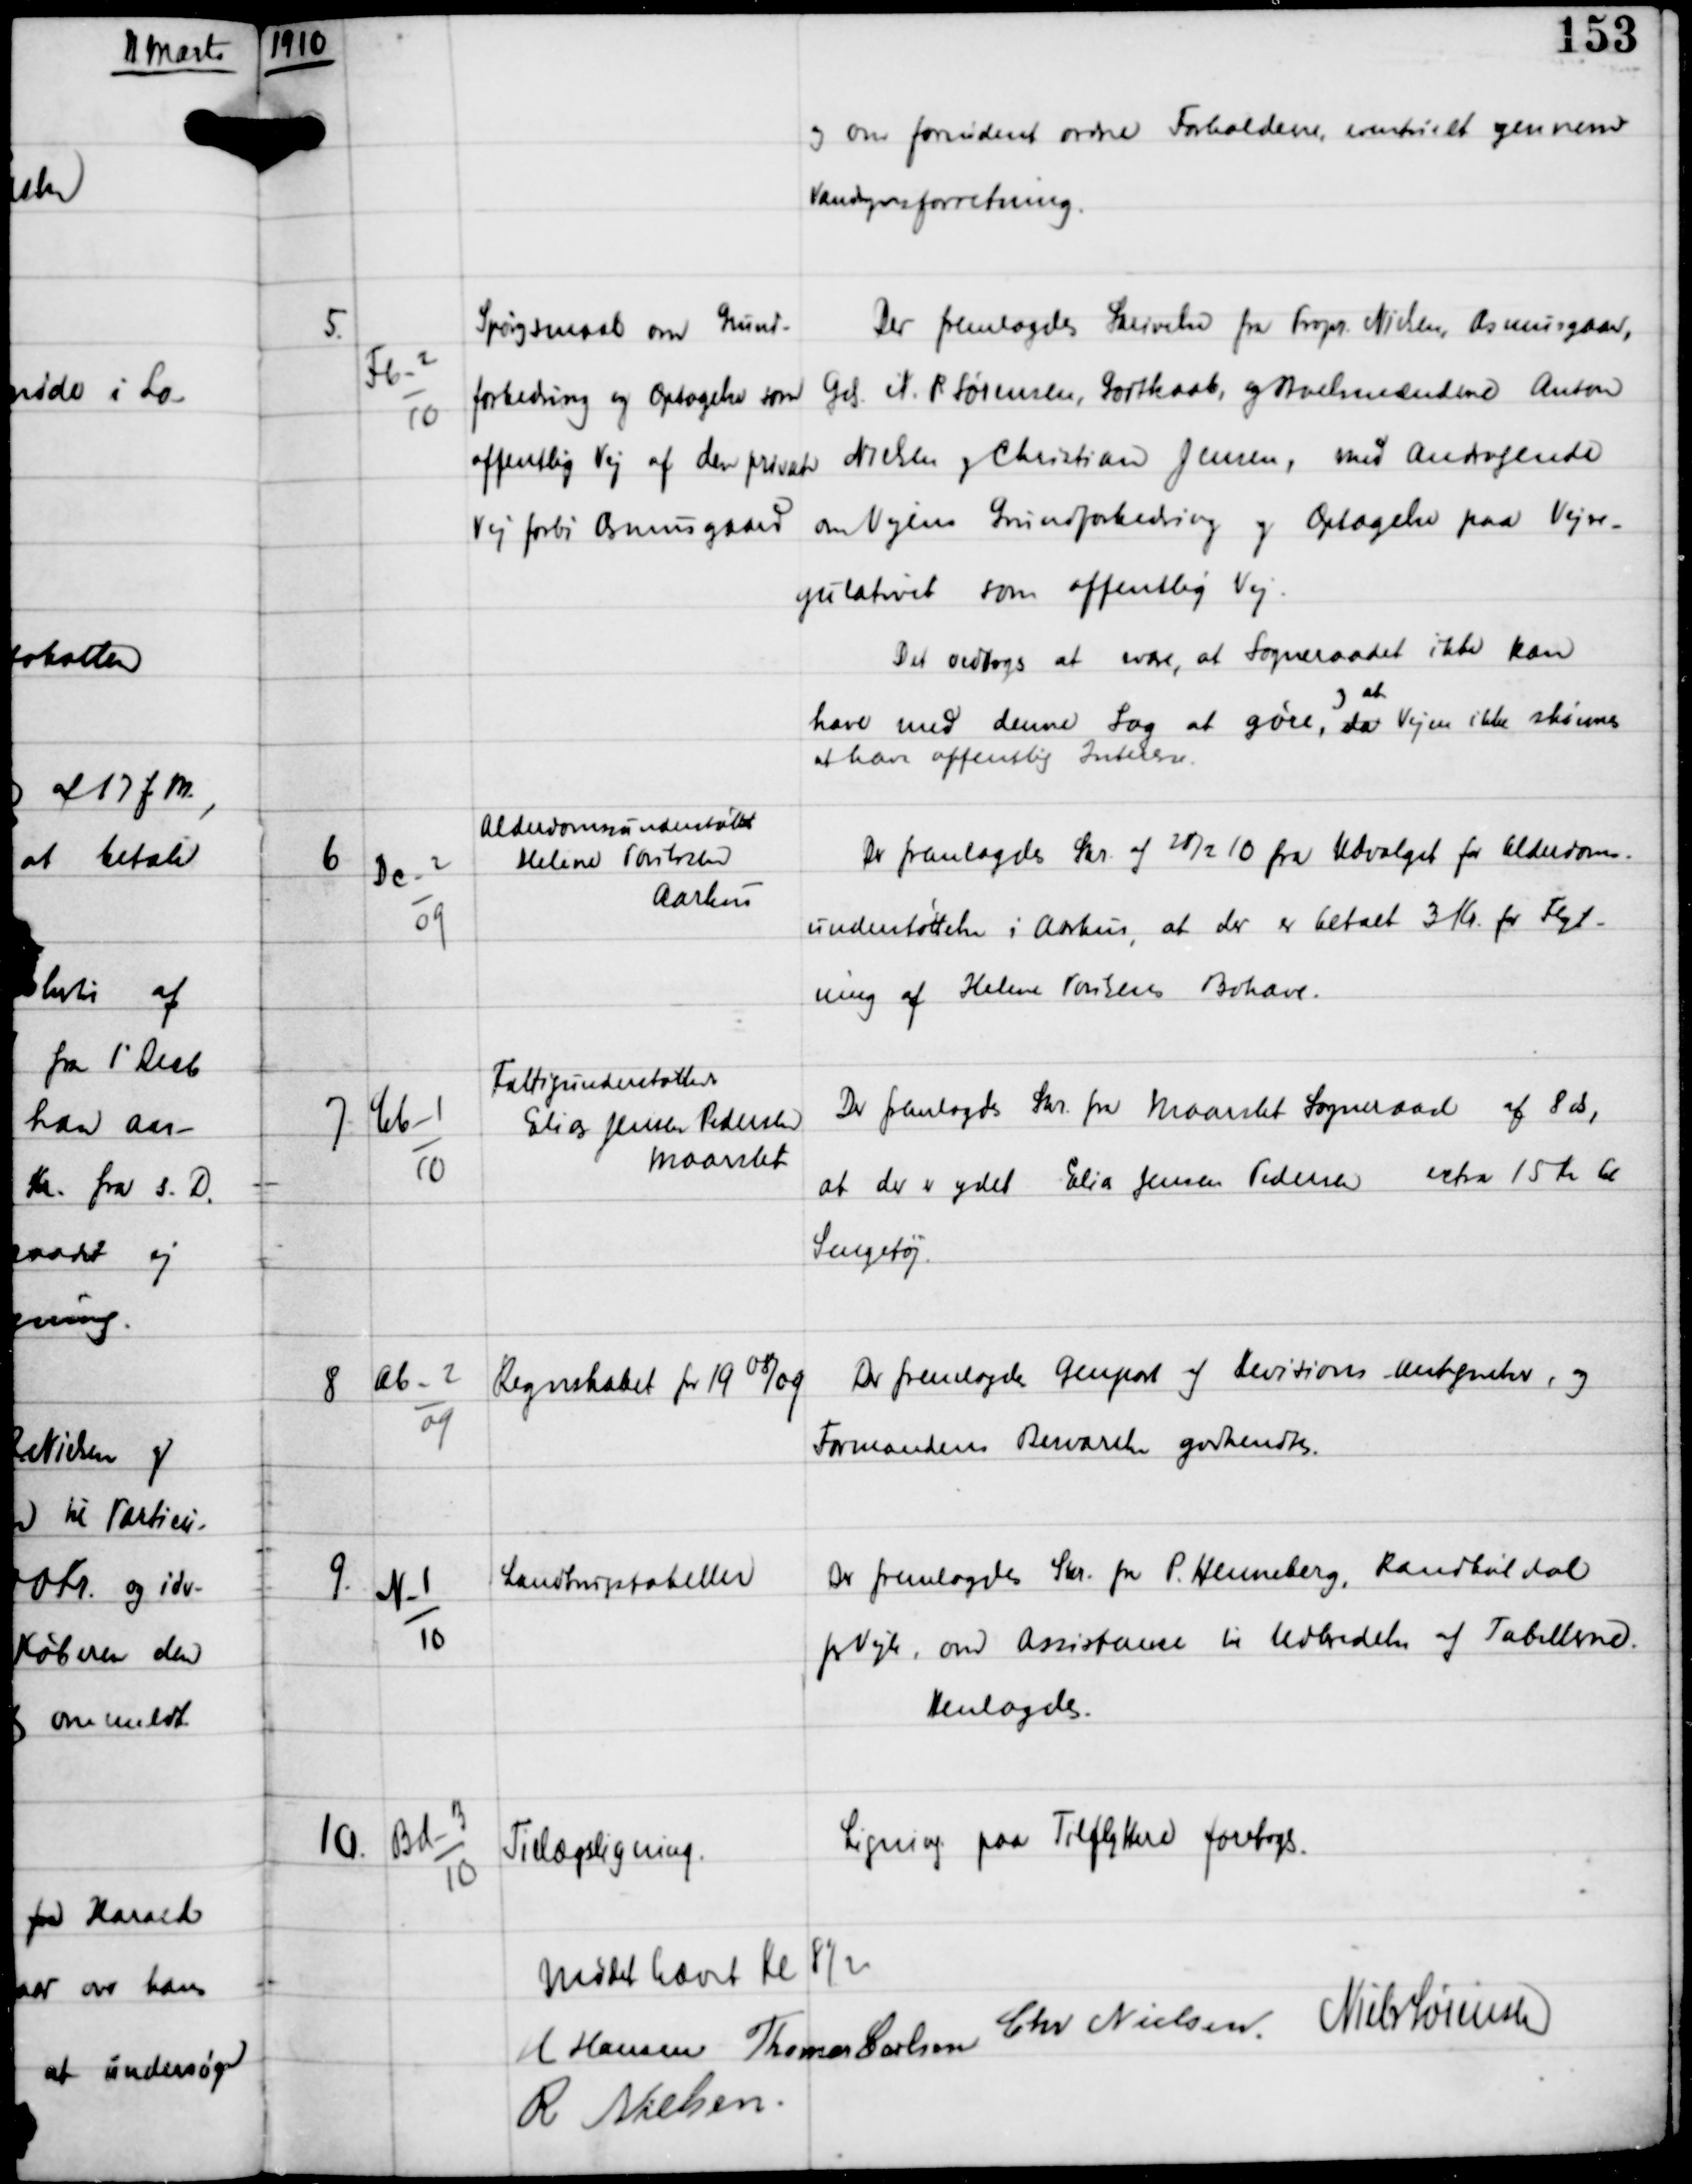
Transskription:
1910

og om fornødent ordne Forholdene eventuelt gennem
Vandsynsforretning.

5.

Fb-2
10

Spørgsmaal om Grund-
forbedring og Optagelse som
offentlig Vej af den private
Vej forbi Asmusgaard

Der fremlagdes Skrivelse fra Propr Nielsen, Asmusgaard,
Gds N R Sørensen, Godthaab og Avelsmændene Anton
Nielsen og Christian Jensen, med Andragende
om Vejens Grundforbedring og Optagelse paa Vejre-
gulativet som offentlig Vej.
Det vedtoges at svare, at Sogneraadet ikke kan
have med denne Sag at gøre
og at
da Vejen ikke skønnes
at have offentlig Interesse.

6

Dc-2
09

Alderdomsunderstøttede
Helene Porilssen
Aarhus

Der fremlagdes Skr af 28/2 10 fra Udvalget for Alderdoms-
understøttelse i Aarhus, at der er betalt 3 Kr for Flyt-
ning af Helene Porilsens Bohave.

7

Cb-1
10

Fattigunderstøttede
Elias Jensen Pedersen
Maarslet

Der fremlagdes Skr fra Maarslet Sogneraad af 8 ds,
at der er ydet Elias Jensen Pedersen extra 15 Kr til
Sengetøj.

8

Ab-2
09

Regnskabet for 19 08/09

Der fremlagdes Genpart af Revisions Antegnelser, og
Formandens Besvarelse godkendtes.

9.

N-1
10

Landbrugstabeller

Der fremlagdes Skr fra P Henneberg, Randbøldal
pr Vejle om Assistance til Udbredelse af Tabellerne.
Henlagdes.

10.

Bd-3
10

Tillægsligning

Ligning paa Tilflyttere foretoges.

Mødet hævet Kl 8½
H Hansen Thomas Carlsen
Chr Nielsen Niels Sørensen
R Nielsen